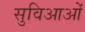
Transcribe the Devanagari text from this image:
सुविआओं